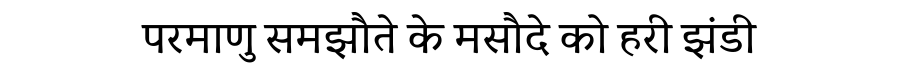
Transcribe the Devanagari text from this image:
परमाणु समझौते के मसौदे को हरी झंडी